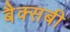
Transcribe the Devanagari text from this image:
बैक्सबी